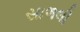
સાળલી